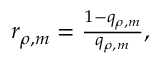
\begin{array} { r } { r _ { \rho , m } = \frac { 1 - q _ { \rho , m } } { q _ { \rho , m } } , } \end{array}